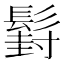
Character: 𮫍